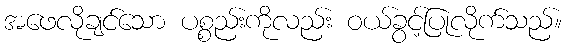
အဖေလိုချင်သော ပစ္စည်းကိုလည်း ဝယ်ခွင့်ပြုလိုက်သည်။